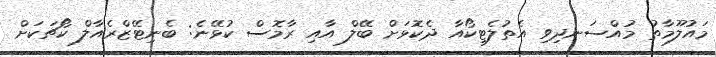
މައުލޫމާތު މުއްސަނދިވި އެތުލެޓިކޯއާ ދެކޮޅަށް ބޭލް އާއި ރާމޮސް ކުޅޭނެ: ބެނިޓޭޒްރެއާލް ކޯޗަކަށް